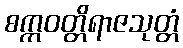
စက္ကဝတ္တိရာဇသုတ္တံ